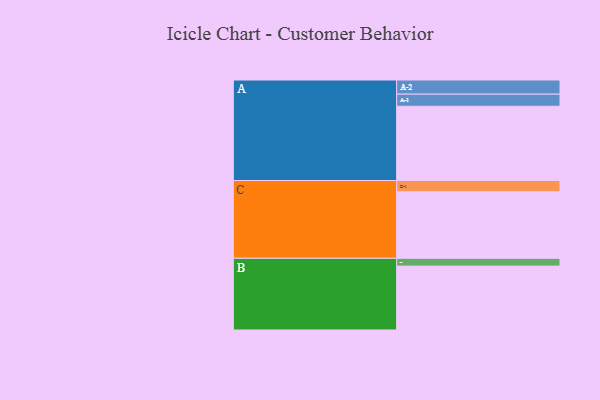
{"axis": {"x": "Segment", "y": "Value"}, "legend": ["", "A", "B", "C"], "data": [{"x": "A", "y": 588, "type": ""}, {"x": "B", "y": 506, "type": ""}, {"x": "C", "y": 527, "type": ""}, {"x": "A-1", "y": 96, "type": "A"}, {"x": "A-2", "y": 112, "type": "A"}, {"x": "B-1", "y": 62, "type": "B"}, {"x": "C-1", "y": 89, "type": "C"}]}